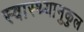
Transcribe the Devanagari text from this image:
स्वास्थ्यानुकुल